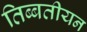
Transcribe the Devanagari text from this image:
तिब्‍बतीयन